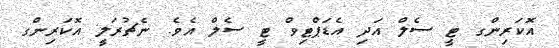
އޮކަރިންގ ޓީ ސެލް އަދި އެޑަޕްޓިވް ޓީ ސެލް އެވެ. ނެޗުރަލީ އޮކަރިންގ